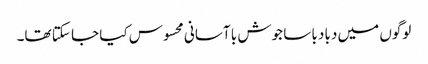
لوگوں میں دبا دبا سا جوش با آسانی محسوس کیا جا سکتا تھا۔